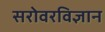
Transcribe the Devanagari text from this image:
सरोवरविज्ञान